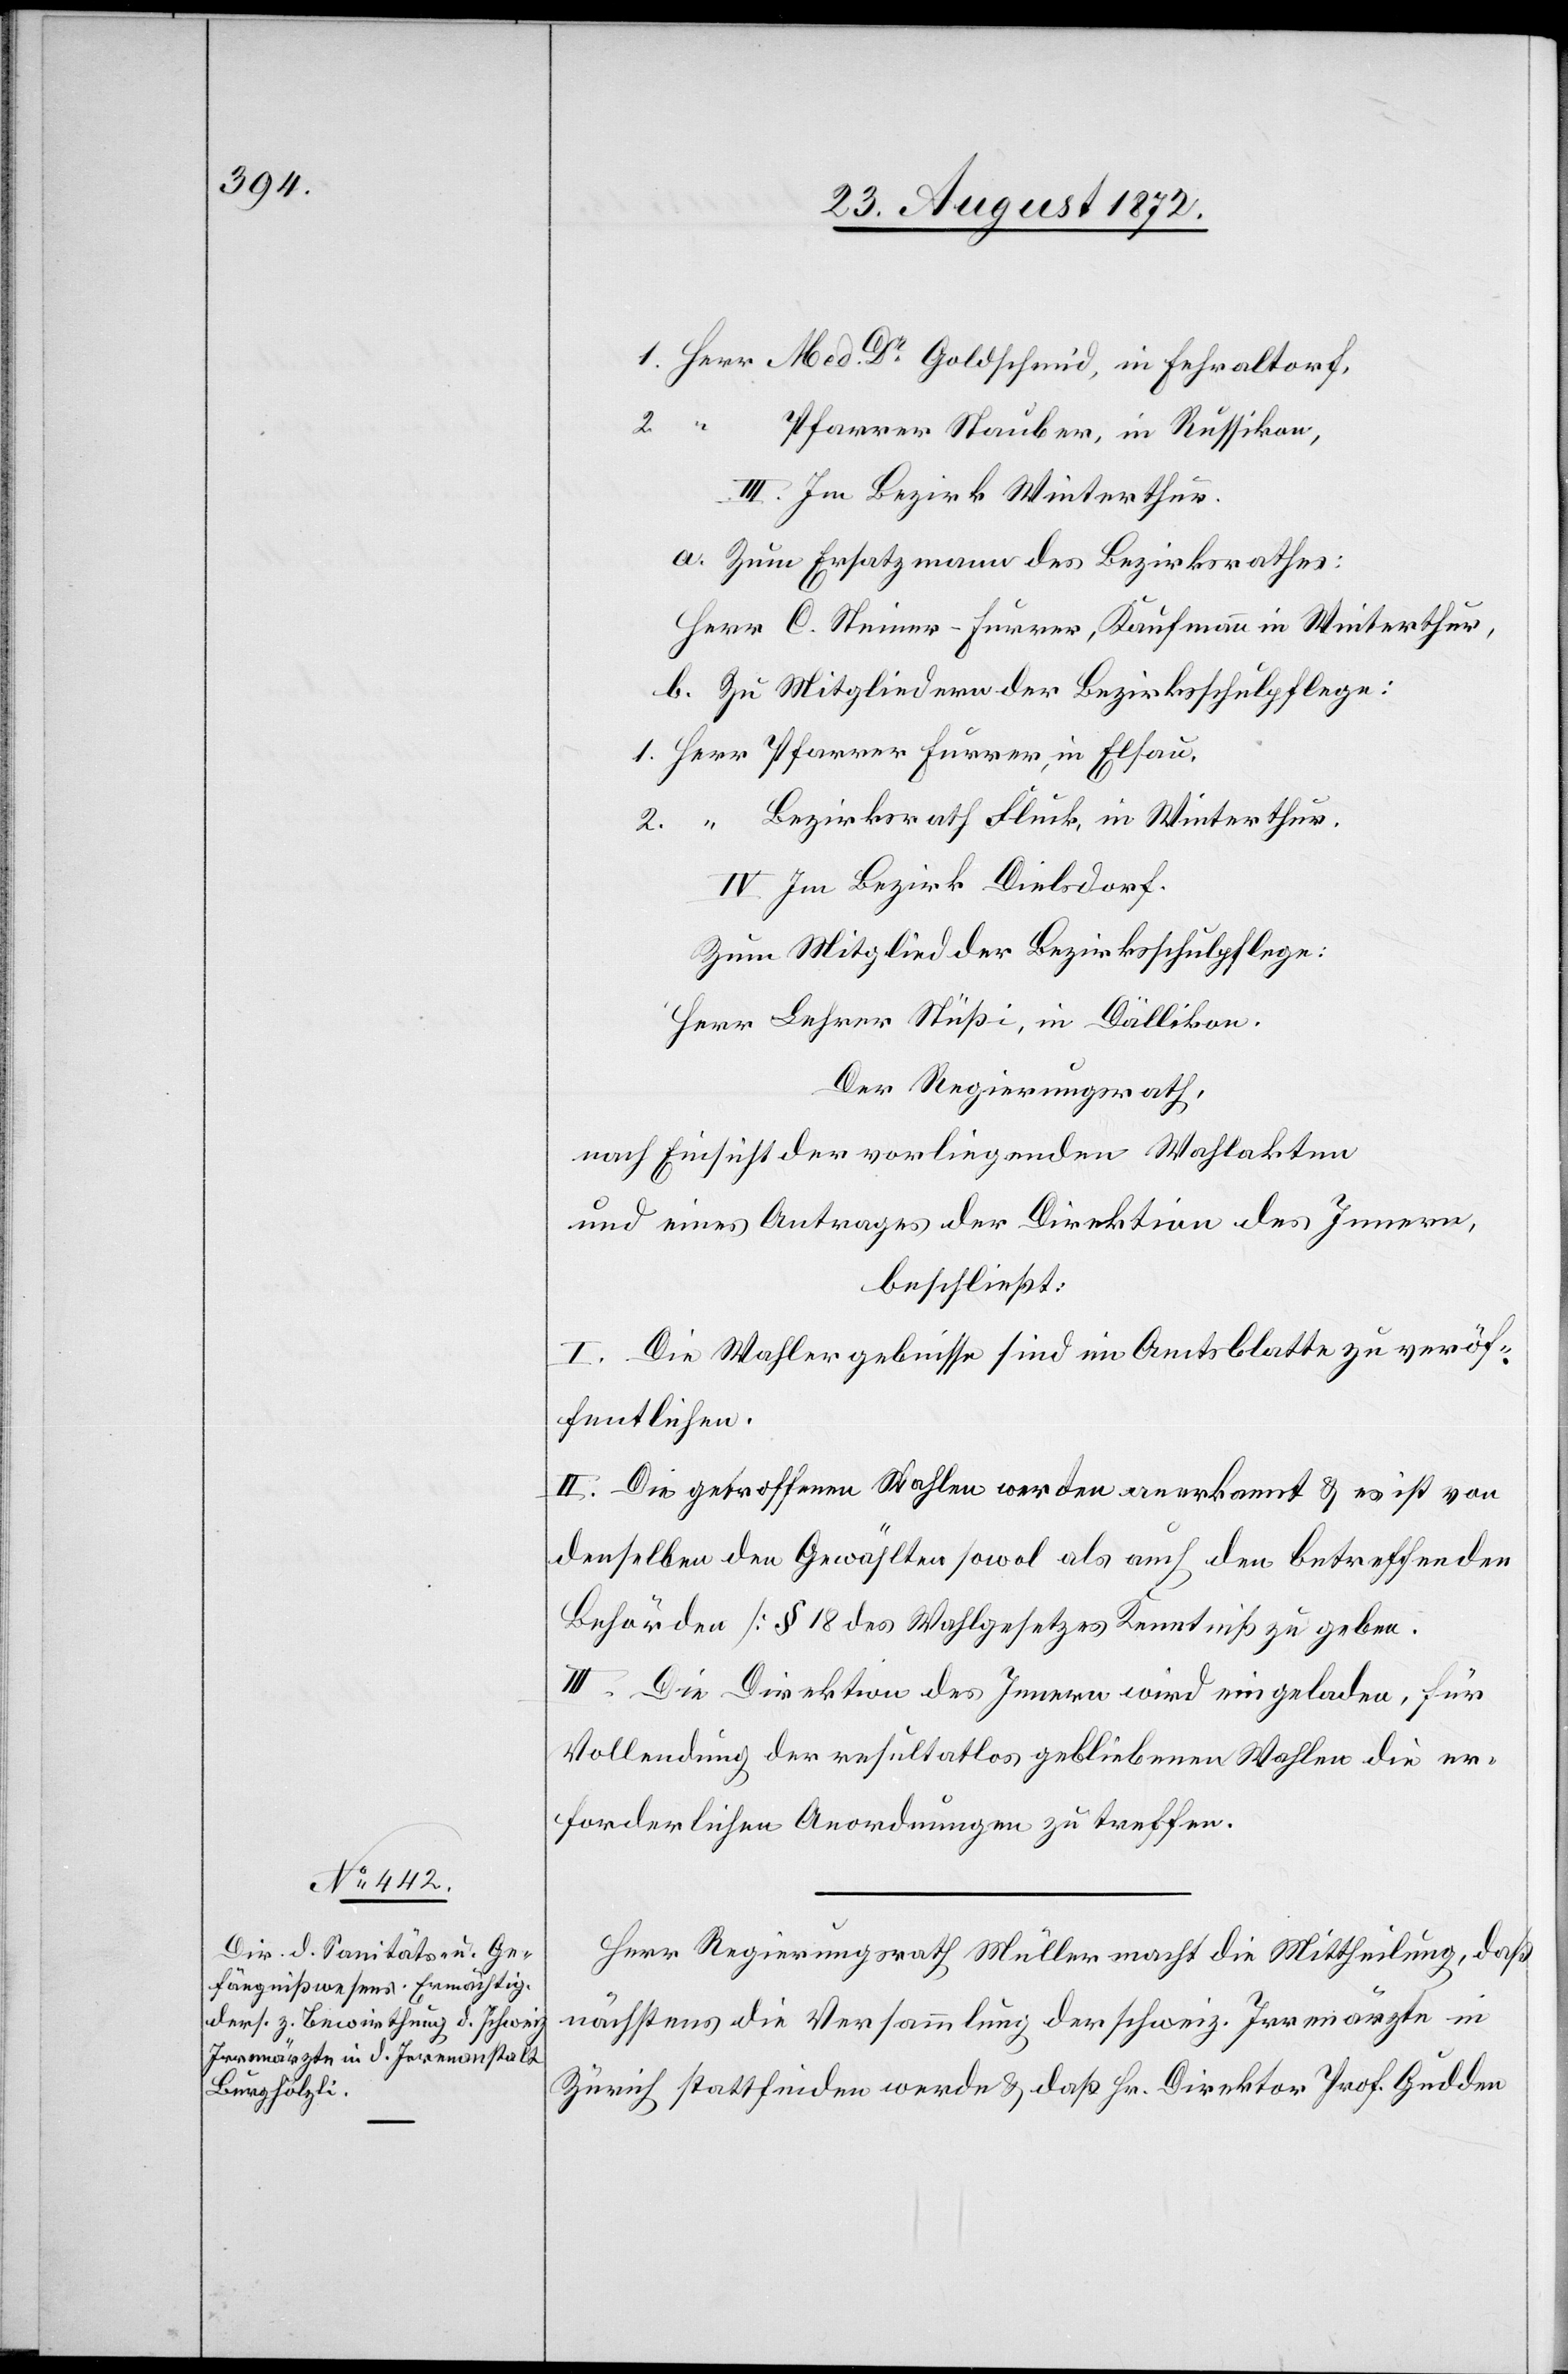
1. Herr Med. Dr Goldschmid, in Fehraltorf,
2.
Pfarrer Stauber, in Russikon,
III. Im Bezirk Winterthur.
a. Zum Ersatzmann des Bezirksrathes:
Herr C. Steiner-Furrer, Kaufmann in Winterthur,
b. Zu Mitgliedern der Bezirksschulpflege:
1. Herr Pfarrer Furrer, in Elsau,
Bezirksrath Fluck, in Winterthur.
2.
IV. Im Bezirk Dielsdorf.
Zum Mitglied der Bezirksschulpflege:
Herr Lehrer Stüßi, in Dällikon.
Der Regierungsrath,
nach Einsicht der vorliegenden Wahlakten
und eines Antrages der Direktion des Innern,
beschließt:
I. Die Wahlergebnisse sind im Amtsblatte zu veröf¬
fentlichen.
II. Die getroffenen Wahlen werden anerkannt u. es ist von
denselben den Gewählten sowol als auch den betreffenden
Behörden [§ 18 des Wahlgesetzes] Kenntniß zu geben.
III. Die Direktion des Innern wird eingeladen, für
Vollendung der resultatlos gebliebenen Wahlen die er¬
forderlichen Anordnungen zu treffen.
Herr Regierungsrath Müller macht die Mittheilung, daß
nächstens die Versammlung der schweiz. Irrenärzte in
Zürich stattfinden werde u. daß Hr. Direktor Prof. Gudden